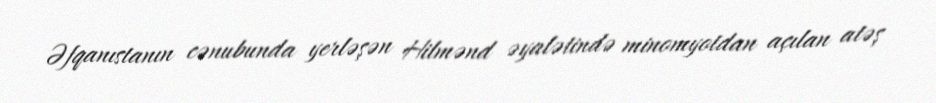
Əfqanıstanın cənubunda yerləşən Hilmənd əyalətində minomyotdan açılan atəş